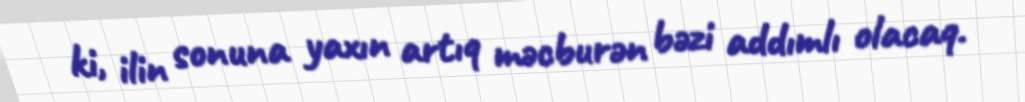
ki, ilin sonuna yaxın artıq məcburən bəzi addımlı olacaq.